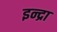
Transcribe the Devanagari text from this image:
इन्द्रा